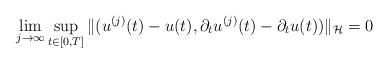
LaTeX: \begin{align*} \lim_{j\to \infty} \sup_{t \in [0,T]} \| (u^{(j)}(t)- u(t), \partial_t u^{(j)}(t) - \partial_t u(t)) \|_{\mathcal{H}} = 0\end{align*}